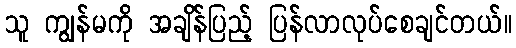
သူ ကျွန်မကို အချိန်ပြည့် ပြန်လာလုပ်စေချင်တယ်။